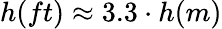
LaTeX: h(ft)\approx 3.3\cdot h(m)